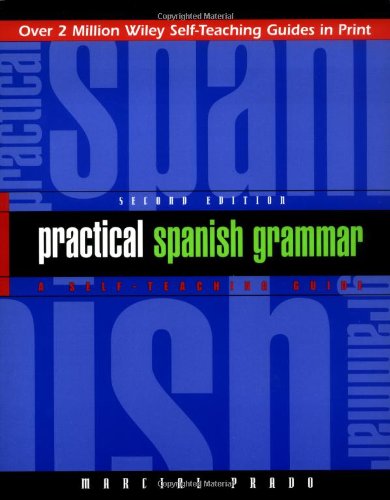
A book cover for Practical Spanish Grammar: A Self-Teaching Guide, 2nd Edition; Marcial Prado; Reference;